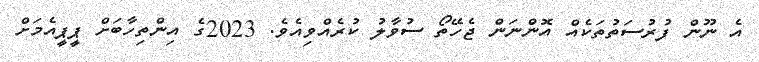
އެ ނޫން ފުރުސަތުތަކެއް އޮންނަން ޖެހޭތޯ ސުވާލު ކުރެއްވިއެވެ. 2023ގެ އިންތިހާބަށް ޕީޕީއެމަށް